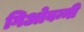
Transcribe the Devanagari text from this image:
गिओवन्नी